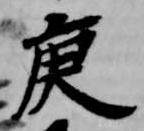
庚